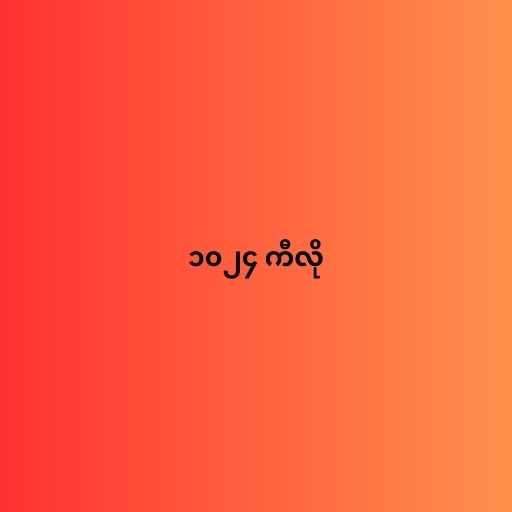
၁၀၂၄ ကီလို